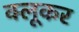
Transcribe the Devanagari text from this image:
क्लूकर